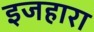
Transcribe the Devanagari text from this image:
इजहारा